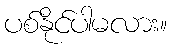
ပစ်နိုင်ပါမလား။